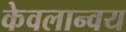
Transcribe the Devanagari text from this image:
केवलान्वय